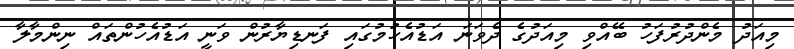
މިއަދު މެންދުރުފަހު ބޭއްވި މިއަދުގެ ދެވަނަ އަޑުއެހުމުގައި ފަނޑިޔާރުން ވަނީ އަޑުއެހުންތައް ނިންމާލާ